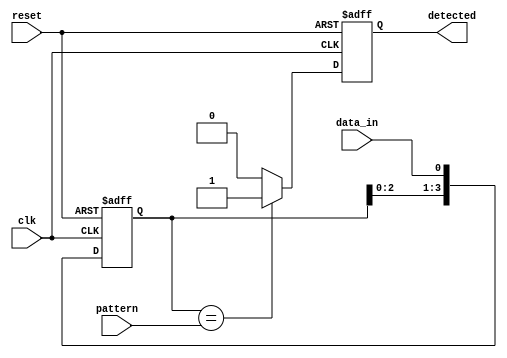
module pattern_detector #(
    parameter PATTERN_LENGTH = 4 // Length of the pattern to detect
)(
    input wire clk,               // Clock signal
    input wire reset,             // Reset signal
    input wire data_in,           // Input data stream
    input wire [PATTERN_LENGTH-1:0] pattern, // Pattern to detect
    output reg detected           // Output signal indicating pattern match
);

    // Flip-flops to store the input data
    reg [PATTERN_LENGTH-1:0] shift_reg;

    always @(posedge clk or posedge reset) begin
        if (reset) begin
            shift_reg <= 0;         // Clear shift register on reset
            detected <= 0;          // Clear detected signal
        end else begin
            // Shift the input data into the shift register
            shift_reg <= {shift_reg[PATTERN_LENGTH-2:0], data_in};

            // Compare the shift register with the pattern
            if (shift_reg == pattern) begin
                detected <= 1;        // Set detected signal high on match
            end else begin
                detected <= 0;        // Clear detected signal if no match
            end
        end
    end

endmodule